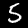
Label: 5